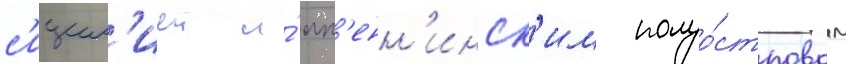
с'ицил'иеи и́ ап'енн'инск'им полуо́стровом